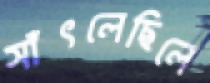
সাঁৎলেছিলে